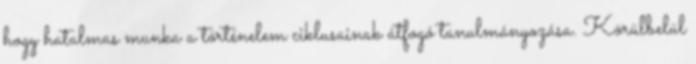
hogy hatalmas munka a történelem ciklusainak átfogó tanulmányozása. Körülbelül